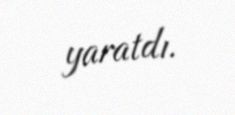
yaratdı.